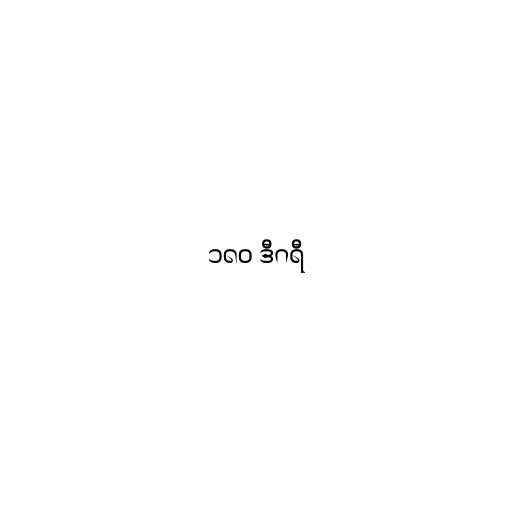
၁၈၀ ဒီဂရီ